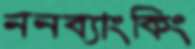
ননব্যাংকিং